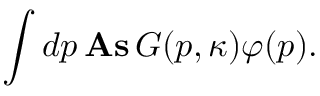
\int d p \, \mathrm { \bf A s } \, G ( p , \kappa ) \varphi ( p ) .